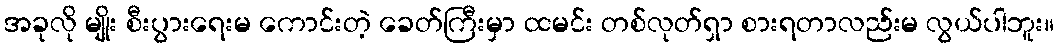
အခုလို မျိုး စီးပွားရေးမ ကောင်းတဲ့ ခေတ်ကြီးမှာ ထမင်း တစ်လုတ်ရှာ စားရတာလည်းမ လွယ်ပါဘူး။